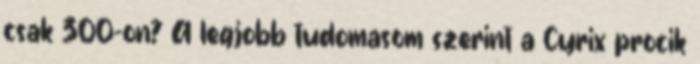
csak 300-on? A legjobb tudomasom szerint a Cyrix procik